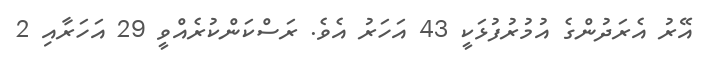
އޭރު އެރަދުންގެ އުމުރުފުޅަކީ 43 އަހަރު އެވެ. ރަސްކަންކުރެއްވީ 29 އަހަރާއި 2